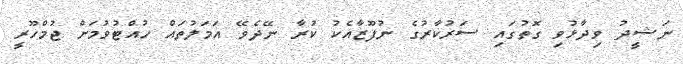
ނަޝީދު ވިދާޅުވި ގޮތުގައި ސަރުކާރުގެ ނުފޫޒާއެކު ކުރާ ނޭދެވޭ އަމަލުތައް ހުއްޓުވުމަށް ޖުމްހޫރީ